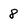
Character: 8